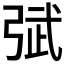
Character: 𰐙